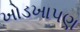
ખોડખાપણ